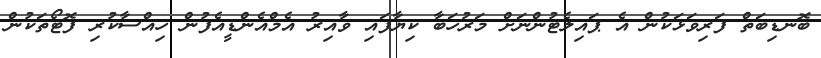
ބޮނޑިބަތް ފަރިވަޅަކުން އެ ޕައިލެޓުންނަށް މަރުހަބާ ކިޔާފައި ވާއިރު އެމްއެންޑީއެފުން ހިއްސާކުރި ފޮޓޯތަކުން